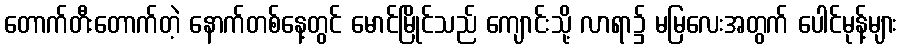
တောက်တီးတောက်တဲ့ နောက်တစ်နေ့တွင် မောင်မြိုင်သည် ကျောင်းသို့ လာရာ၌ မမြလေးအတွက် ပေါင်မုန့်များ